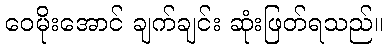
ဝေမိုးအောင် ချက်ချင်း ဆုံးဖြတ်ရသည်။